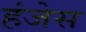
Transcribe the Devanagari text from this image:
हंजेस